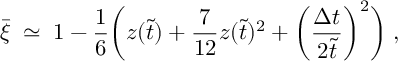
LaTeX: \bar { \xi } \; \simeq \; 1 - \frac { 1 } { 6 } \bigg ( z ( \tilde { t } ) + \frac { 7 } { 1 2 } z ( \tilde { t } ) ^ { 2 } + \bigg ( \frac { \Delta t } { 2 \tilde { t } } \bigg ) ^ { 2 } \bigg ) \; ,